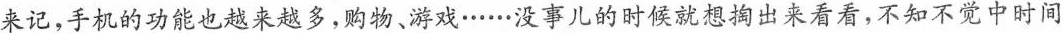
来记，手机的功能也越来越多，购物、游戏……没事儿的时候就想掏出来看看，不知不觉中时间